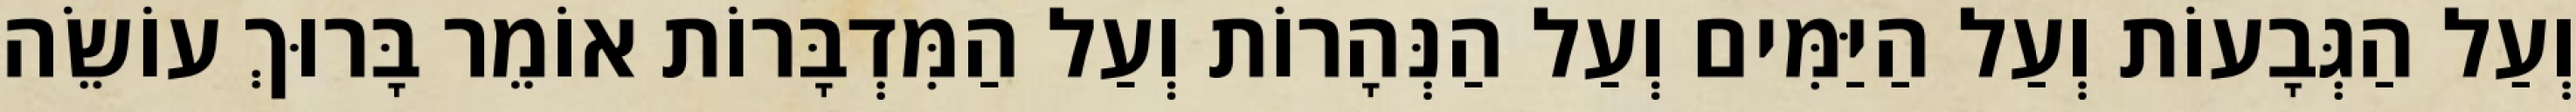
וְעַל הַגְּבָעוֹת וְעַל הַיַּמִּים וְעַל הַנְּהָרוֹת וְעַל הַמִּדְבָּרוֹת אוֹמֵר בָּרוּךְ עוֹשֵׂה